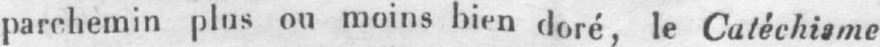
parchemin plus ou moins bien doré, le Catéchisme